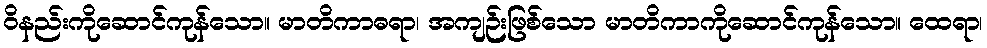
ဝိနည်းကိုဆောင်ကုန်သော။ မာတိကာဓရာ၊ အကျဉ်းဖြစ်သော မာတိကာကိုဆောင်ကုန်သော။ ထေရာ၊